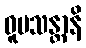
ဝူပသန္တာနိ